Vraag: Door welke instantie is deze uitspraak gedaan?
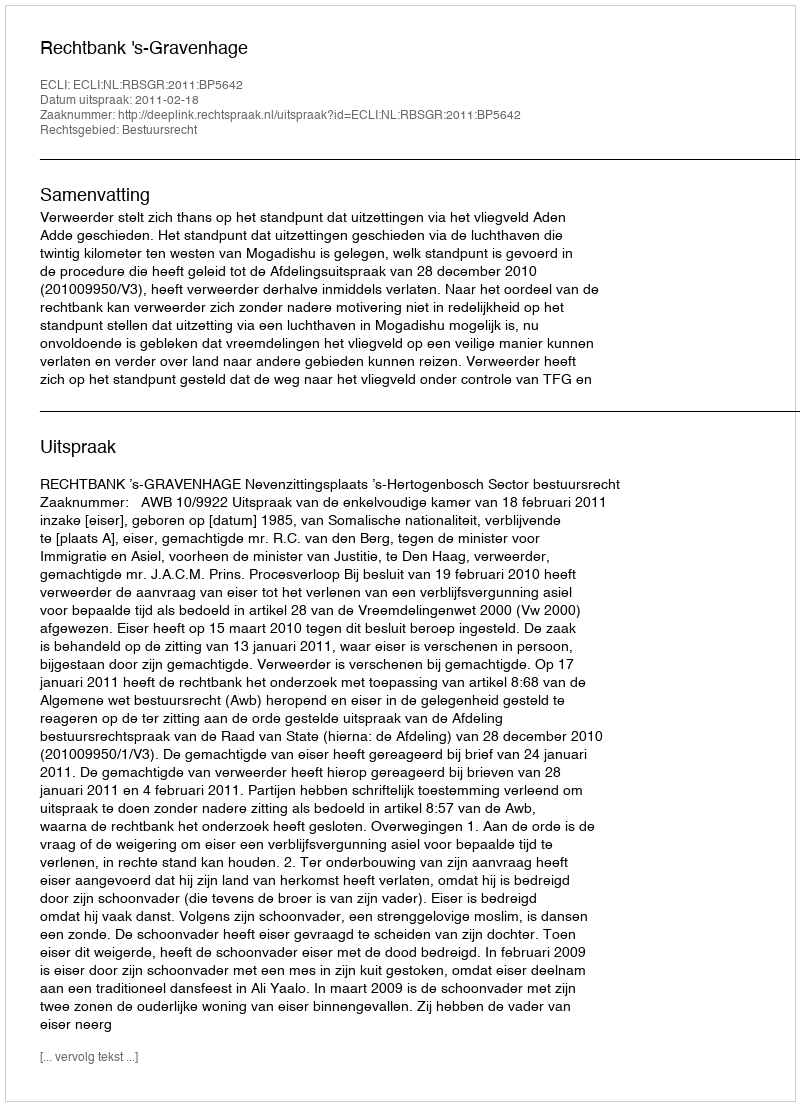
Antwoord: Rechtbank 's-Gravenhage